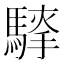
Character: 𮪐